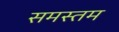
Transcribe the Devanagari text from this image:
समस्तम